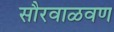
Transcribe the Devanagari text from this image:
सौरवाळवण